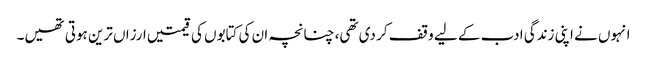
انہوں نے اپنی زندگی ادب کے لیے وقف کر دی تھی، چنانچہ ان کی کتابوں کی قیمتیں ارزاں ترین ہوتی تھیں۔